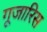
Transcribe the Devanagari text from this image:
गूजारिस